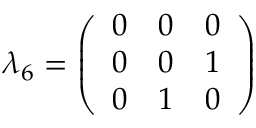
\lambda _ { 6 } = { \left( \begin{array} { l l l } { 0 } & { 0 } & { 0 } \\ { 0 } & { 0 } & { 1 } \\ { 0 } & { 1 } & { 0 } \end{array} \right) }